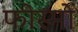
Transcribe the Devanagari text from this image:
फोस्मों